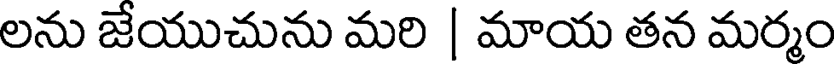
లను జేయుచును మరి | మాయ తన మర్మం